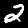
Digit: 2